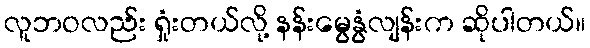
လူဘဝလည်း ရှုံးတယ်လို့ နန်းမွေနွံလျန်းက ဆိုပါတယ်။